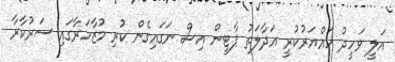
އަލީ ވަހީދު ހައްޔަރުކުރީ އަދާލަތު ޕާޓީން އިސް ނަގައިގެން ކުރި މުޒާހަރާގައި ސަރުކާރާ